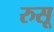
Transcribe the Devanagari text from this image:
रुसू